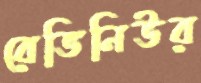
রেভিনিউর